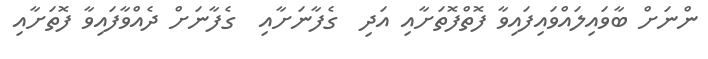
ންނަށް ބާވައިލައްވައިފައިވާ ފޮތްފޮތަށާއި އަދި  ގެފާނަށާއި  ގެފާނަށް ދެއްވާފައިވާ ފޮތަށާއި